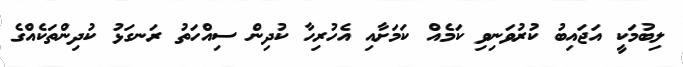
ލިބުމަކީ އަޖައިބު ކުރުވަނިވި ކަމެއް ކަމަށާއި އެހުރިހާ ކުދިން ސިއްހަތު ރަނގަޅު ކުދިންތަކެއްގެ